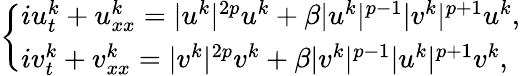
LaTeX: \begin{array}{r}{\left\lbrace\begin{array}{l}{iu_{t}^{k}+u_{xx}^{k}=|u^{k}|^{2p}u^{k}+\beta|u^{k}|^{p-1}|v^{k}|^{p+1}u^{k},}\\ {iv_{t}^{k}+v_{xx}^{k}=|v^{k}|^{2p}v^{k}+\beta|v^{k}|^{p-1}|u^{k}|^{p+1}v^{k},}\end{array}\right.}\end{array}